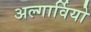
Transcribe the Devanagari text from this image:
अल्गार्वियो